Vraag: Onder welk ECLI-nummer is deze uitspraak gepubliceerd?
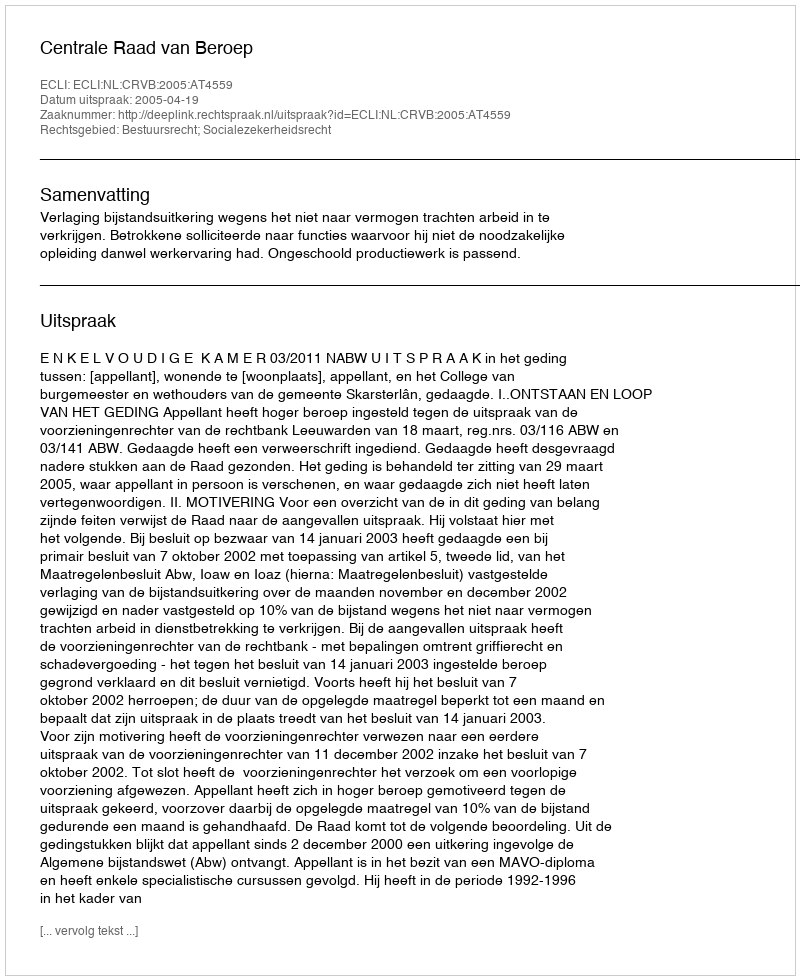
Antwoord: ECLI:NL:CRVB:2005:AT4559